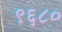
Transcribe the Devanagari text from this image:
९६८०